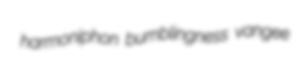
harmoniphon bumblingness vangee